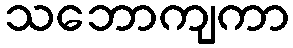
သဘောကျကာ